King Institute of Preventive Medicine Micro-Biological Section reports 1912-19
Year: 1912
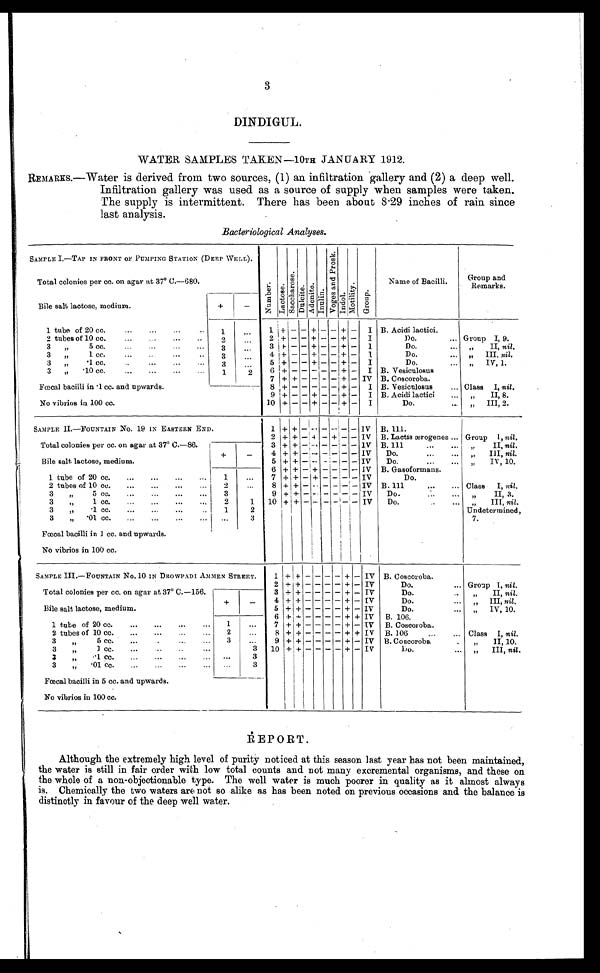
3
DINDIGUL.
WATER SAMPLES TAKEN—10TH JANUARY 1912.
REMARKS.—Water is derived from two sources, (1) an infiltration gallery and (2) a deep well.
Infiltration gallery was used as a source of supply when samples were taken.
The supply is intermittent. There has been about 8.29 inches of rain since
last analysis.
Bacteriological Analyses.
SAMPLE I.—TAP IN FRONT OF PUMPING STATION (DEEP WELL).
Total colonies per cc. on agar at 37° C.—680
Numbe r . Lact ose.
S a c c h a r o s e .
Dul ci t e.
A d o n i t e .
I n u l i n .
V o g e s a n f p r o s k .
Indol .
Mo t i l i t y .
Group.
Name of Bacilli.
Group and
Remarks.
Bile salt lactose, medium.
+
-
1 tube of 20 cc.
...
. . . . .
1
. ..
1 + - -
+ -
- + - I B. Acidi lactici.
2 tubes of 10 cc.
. . . . .. ..
2
...
2 + - - + - - + - I
Do.
... Group I, 9.
3 1,
5 cc.
. ..
...
3
...
3 + - - + - - + - 1
Do.
II, nil.
3 fl
1 cc.
. .
3
...
4 + - - + - - + - I
Do.
... „ III, nil.
3 ,,
.1 cc.
..
...
3
...
5 + - - + - - + - I
Do.
... „ IV, 1.
3 ,, .10 cc.
...
. .. ... . . .
1
2
6 + - - - - - + - I B. Vesiculosus
Fœcal bacilli in .1 cc. and upwards.
No vibrios in. 100 cc.
7 + + - - --- + - IV B. Coscoroba.
8 + - - - - - + - I B. Vesiculosus
... Class I, nil.
9 + - - + - - + - I B. Acidi lactici
... „
II, 8.
10 + - - + - - + - I
Do.
... „ III, 2.
SAMPLE IL—FOUTAIN No. 19 IN EASTERN END.
Total colonies per cc. on agar at 37° C.—86.
Bile salt lactose, medium.
1 + +
- - -
- -
- IV B. 111.
...
2 + + - + - + - - IV B. Lactis ærogenes
Group I, nil.
+
-
3 + + - - - - - - IV B.III
II, nil.
4 + + - - - - - - IV
Do.
III, nil.
5 + + - - - - - - IV
Do.
IV, 10.
6 + + - + - - - - IV B. Gasoformans.
1 tube of 20 cc.
...
...
...
...
1
...
7 + + - + - - - - IV
Do.
2 tubes of 10 cc.
...
...
...
...
2
...
8 + + - - - - - - IV B. III
...
... Class I, nil.
3
,,
5 cc.
, ..
...
...
...
3
9 + + - - - - - - IV
Do.
"
" II, 3.
3
„
2
1 10 + + - - - - - - IV
Do.
..
III, nil.
3
,,
1 cc.
...
...
...
..
1
2
Undetermined,
3
„ .01 cc.
...
...
...
...
...
3
7.
Fœcal bacilli in 1 cc. and upwards.
No vibrios in 100 cc.
SAMPLE III.—FOUNTAIN No. 10 IN DROWPADI AMMEN STREET.
Total colonies per cc. on agar at 37° C.—156.
1 + + - - - - + - IV B. Coscoroba.
2 + + - - - - + - IV
Do.
... Group I, nil.
3 + + - - - - + - IV
Do.
..
„
II, nil.
Bile salt lactose, medium.
+
_
4 + + - - - - + - IV
Do.
... „ III, nil.
5 + + - - - - + - IV
Do.
... „ IV, 10.
6 + + - - - - + + IV B. 106.
1 tube of 20 cc.
...
...
...
...
1
7 + + - - - - + - IV B. Coscoroba.
2 tubes of 10 cc.
...
...
..,
, .,
2
...
8 + + - - - - + + IV B. 106
...
... Class I, nil.
3
6 cc.
...
...
...
3
..
9 + + - - - - + - IV 13. Coscoroba,
.
„
II, 10.
3
1 cc.
...
3 10 + + - - - - - + - IV
Do..
III, nil.
3
„
,.1 cc.
...
...
...
... ...
3
3 "
.01 cc.
...
...
...
3
Fœcal bacilli in 5 cc. and upwards.
No vibrios in 100 cc.
R E P OR T
Although the extremely high level of purity noticed at this season last year has not been maintained,
the water is still in fair order with low total counts and not many excremental organisms, and these on
the whole of a non-objectionable type. The well water is much poorer in quality as it almost always
is. Chemically the two waters are not so alike as has been noted on previous occasions and the balance is
distinctly in favour of the deep well water.